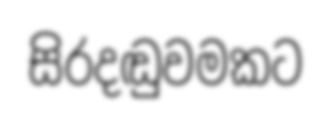
සිරදඬුවමකට